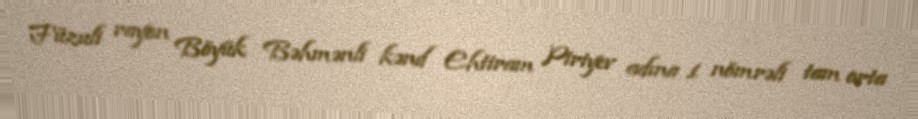
Füzuli rayon Böyük Bəhmənli kənd Ehtiram Piriyev adına 1 nömrəli tam orta